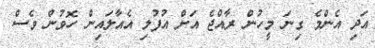
އަދި އެންމެ ގިނަ މީހުން ރާއްޖެ އަށް އުފުލި އެއާލައިން ހޮވުން ވެސް